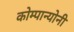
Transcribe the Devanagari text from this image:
कोम्पान्योनी